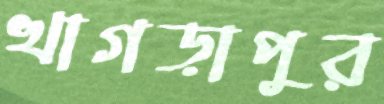
খাগড়াপুর